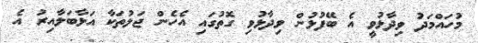
މުހައްމަދު ވިދާޅުވީ އެ ބޭފުޅުން ވިދާޅުވި ގޮތުގައި އެހެން ޖަލުތަކާ އަޅާބަލާއިރު އެ